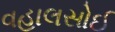
વહાલસોઈ